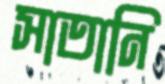
সাতানি